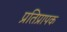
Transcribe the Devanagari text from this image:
प्रतिप्रापक